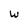
Character: w